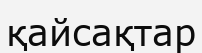
қайсақтар